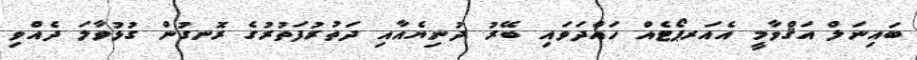
ބައިނަލް އަޤްވާމީ އެއަރޕޯޓެއް ހައްދަވައި ބޭރު ދުނިޔެއާއި ދަތުރުފަތުރުގެ ރޮނގުން ގުޅުވާލަ ދެއްވި